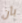
بأن